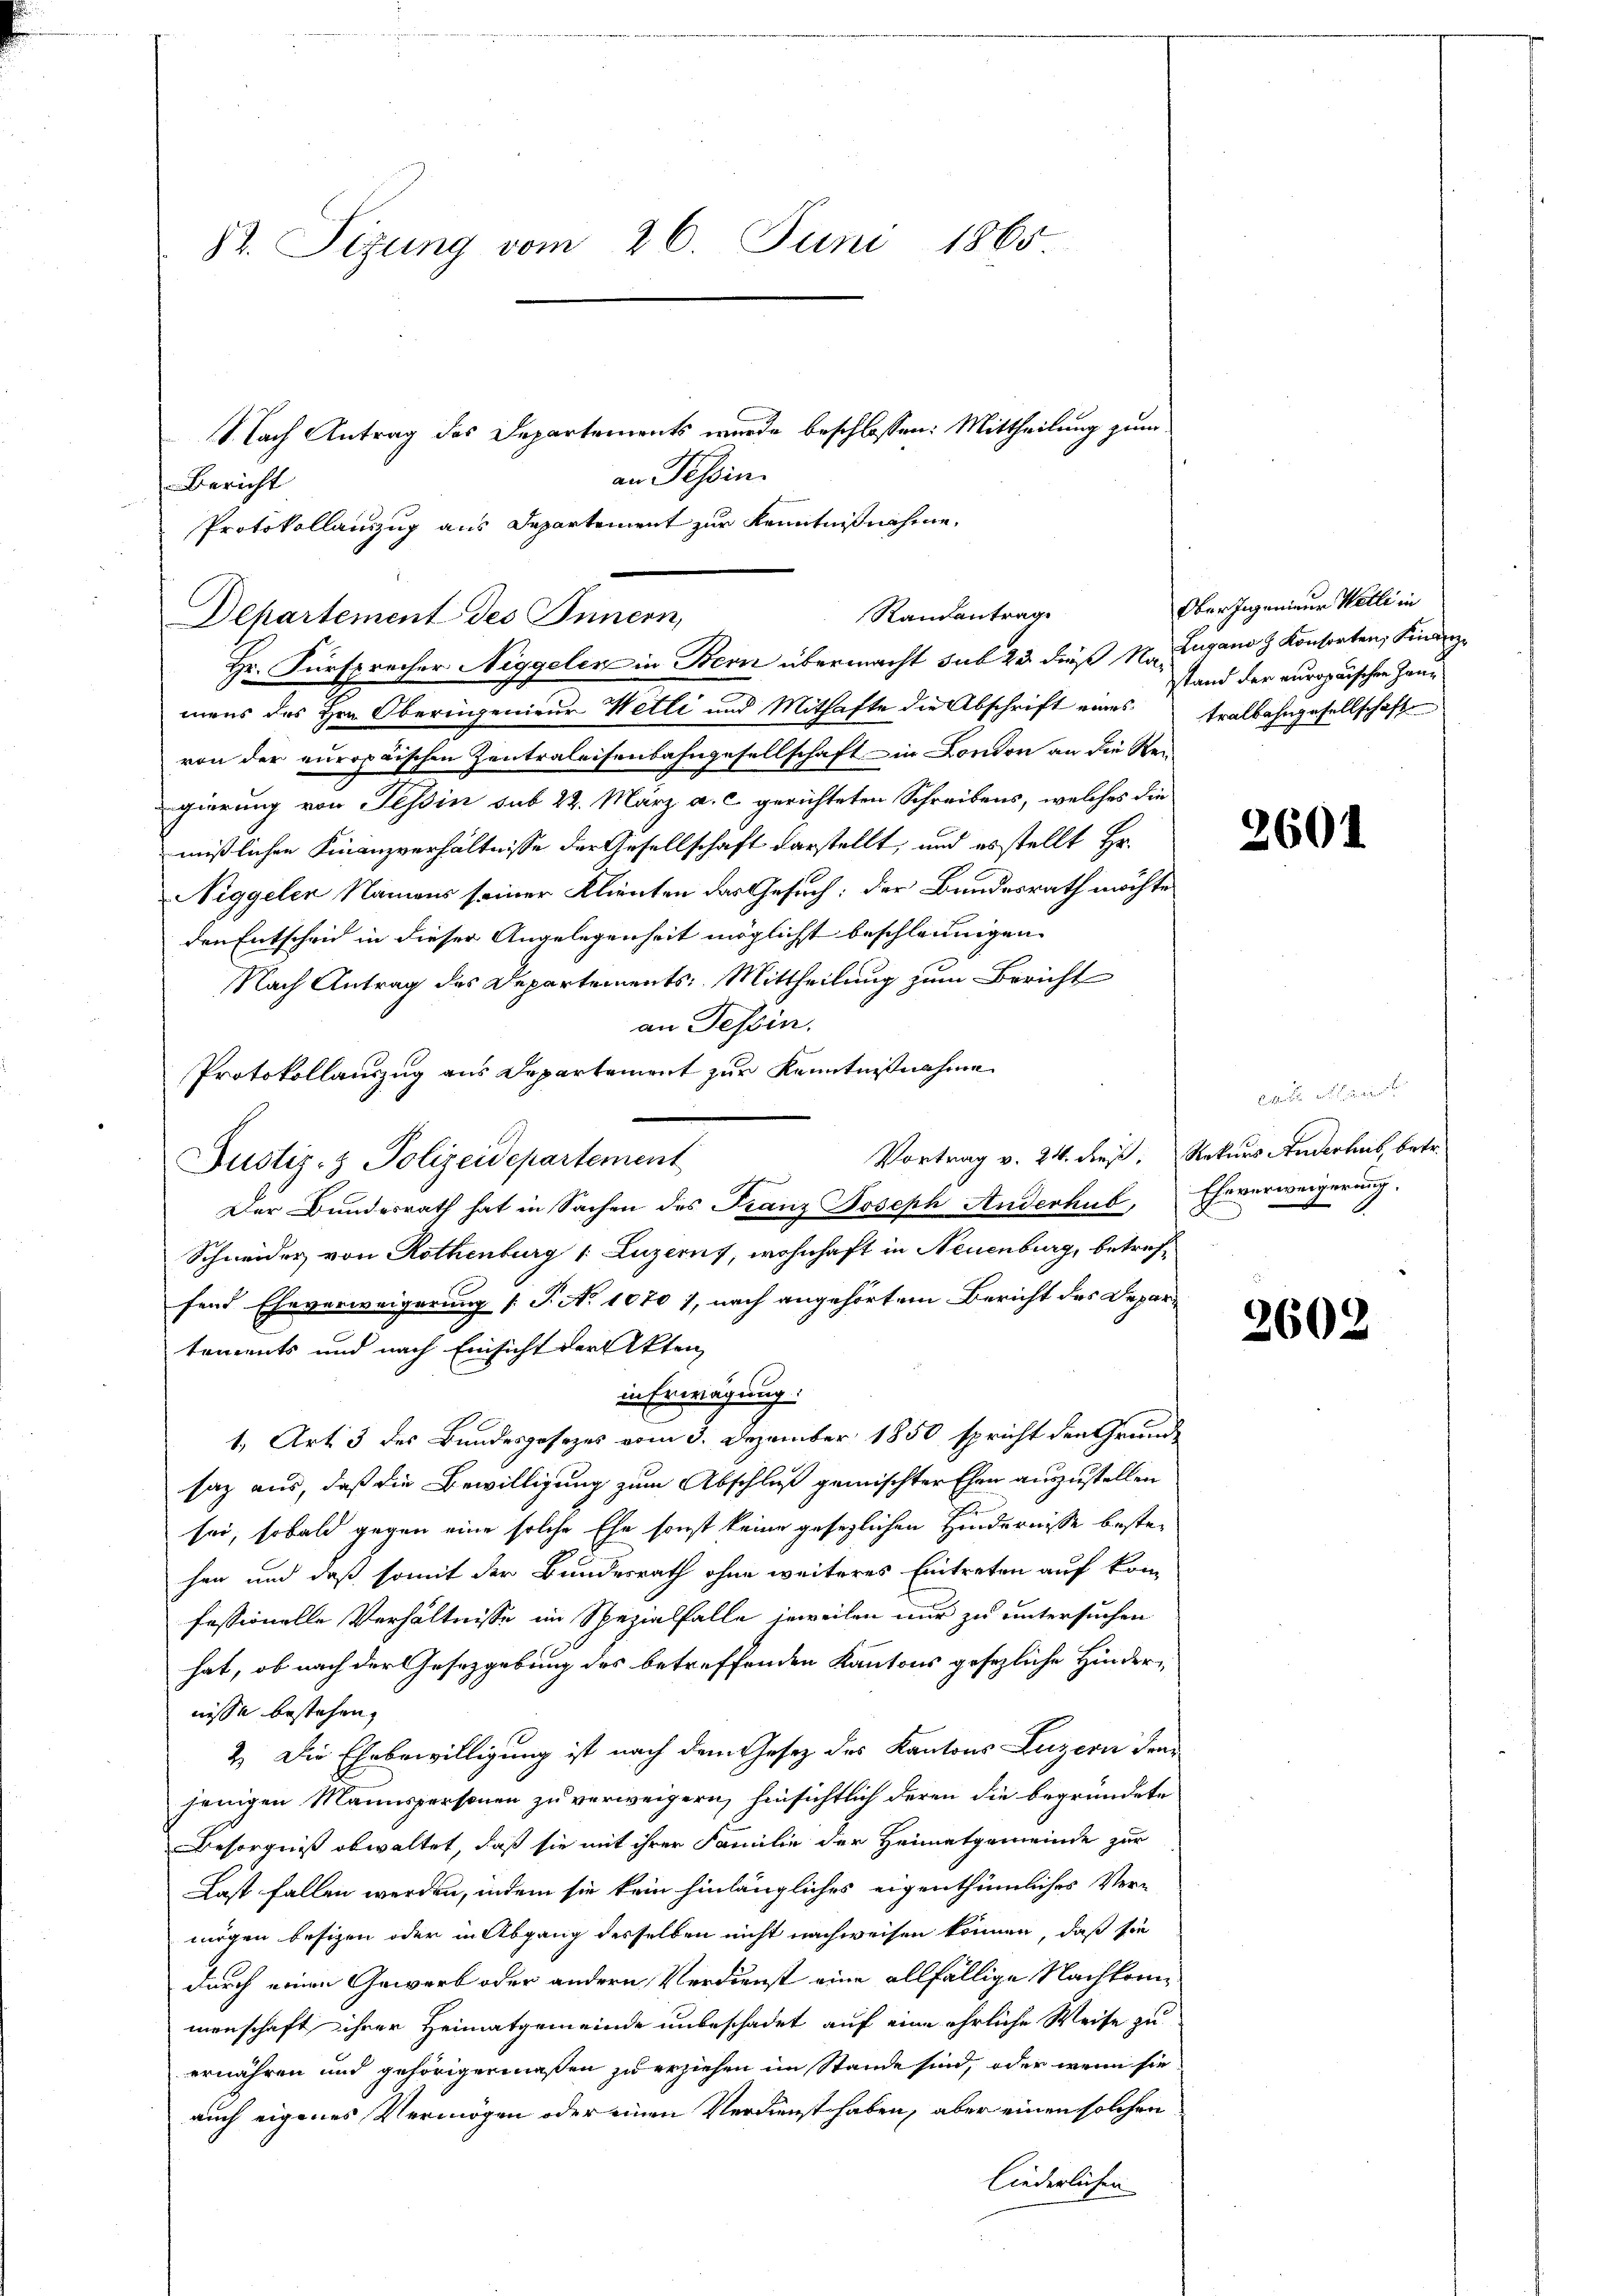
82. Sizung vom 26. Juni 1865

Bericht
Hr. Fürsprecher Niggelen in Bern übermacht sub 23 dieß Namens des Hrn. Oberingenieur Wetti und Mithafte die Abschrift eines
von der europäischen Zentraleisenbahngesellschaft in London an die Rei
gierung von Tessin sub 22. März a. c. gerichteten Schreibens, welches die
mißlichen Finanzverhältnisse der Gesellschaft darstellt, und es stellt Hr.
Niggelen Namens seiner Klienten das Gesuch: der Bundesrath möchte
den Entscheid in dieser Angelegenheit möglicht beschleunigen
Nach Antrag des Departements: Mittheilung zum Bericht
an Tessin.
Protokollauszug aus Departement zur Kenntnißnahme
Vortrag v. 24. dieß:
Justiz- & Polizeidepartement
Der Bundesrath hat in Sachen des Franz Joseph Anderhub,
Schneider von Rothenburg 1. Luzerny, wohnhaft in Neuenburg, betreffend Eheverweigerung (T. N. 1070 1, nach angehörtem Bericht des Departements und nach Einsicht der Akten
in Erwägung.
1, Art. 3 des Bundesgesezes vom 3. Dezember 1850 spricht den Grundsaz aus, daß die Bewilligung zum Abschluß gemischter Ehen auszustellen
sei, sobald gegen eine solche Ehe sonst keine gesezlichen Hindernisse bestehen und daß somit der Bundesrath ohne weiteres Eintreten auf kom
fessionelle Verhältnisse im Spezialfalle jeweilen nur zu untersuchen
hat, ob nach der Gesetzgebung des betreffenden Kantons gesezliche Hindernisse bestehen,
2.) Die Ehrbewilligung ist nach dem Gesetz des Kantons Luzern den
jenigen Mannspersonen zu verweigern, hinsichtlich deren die begründete
Besorgniß obwaltet, daß sie mit ihrer Familie der Heimatgemeinde zur
Last fallen werden, indem sie kein hinlängliches eigenthümliches Ver-
mögen besizen oder in Abgang desselben nicht nachweisen können, daß sie
durch einen Gewerb oder andern Verdienst eine allfällige Nachkommenschaft ihrer Heimatgemeinde unbeschadet auf eine ehrliche Weise zu
ernähren und gehörigermaßen zu erziehen im Stande sind, oder wenn sie
auch eigenes Vermögen oder einen Verdienst haben, aber einen solchen
liederlichen

V. Nach Antrag des Departements wurde beschlossen: Mittheilung zum
an Tessin.
Protokollauszug aus Departement zur Kenntnißnahme,
Randantrag
Departement des Innern,

Ober Ingenieur Welle in
Zugano z. Konsorten, Finanzstand der europaischen Hantralbahngesellschaft

2601

Blatte er der einer
Rekurs Anderhub, betr.
Eheverweigerung.

2602